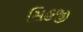
સિહજી